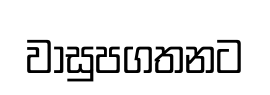
වාසුපගතනට